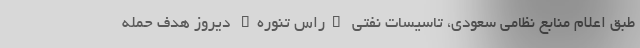
طبق اعلام منابع نظامی سعودی، تاسیسات نفتی "راس تنوره" دیروز هدف حمله